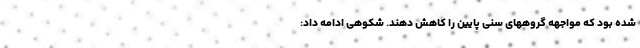
شده بود که مواجهه گروههای سنی پایین را کاهش دهند. شکوهی ادامه داد: